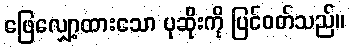
ဖြေလျှော့ထားသော ပုဆိုးကို ပြင်ဝတ်သည်။